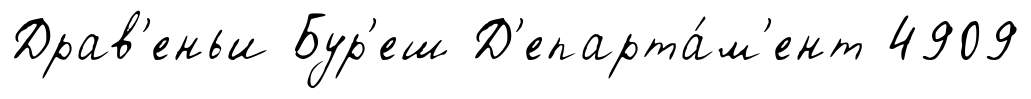
Драв'еньи Бур'еш Д'епарта́м'ент 4909